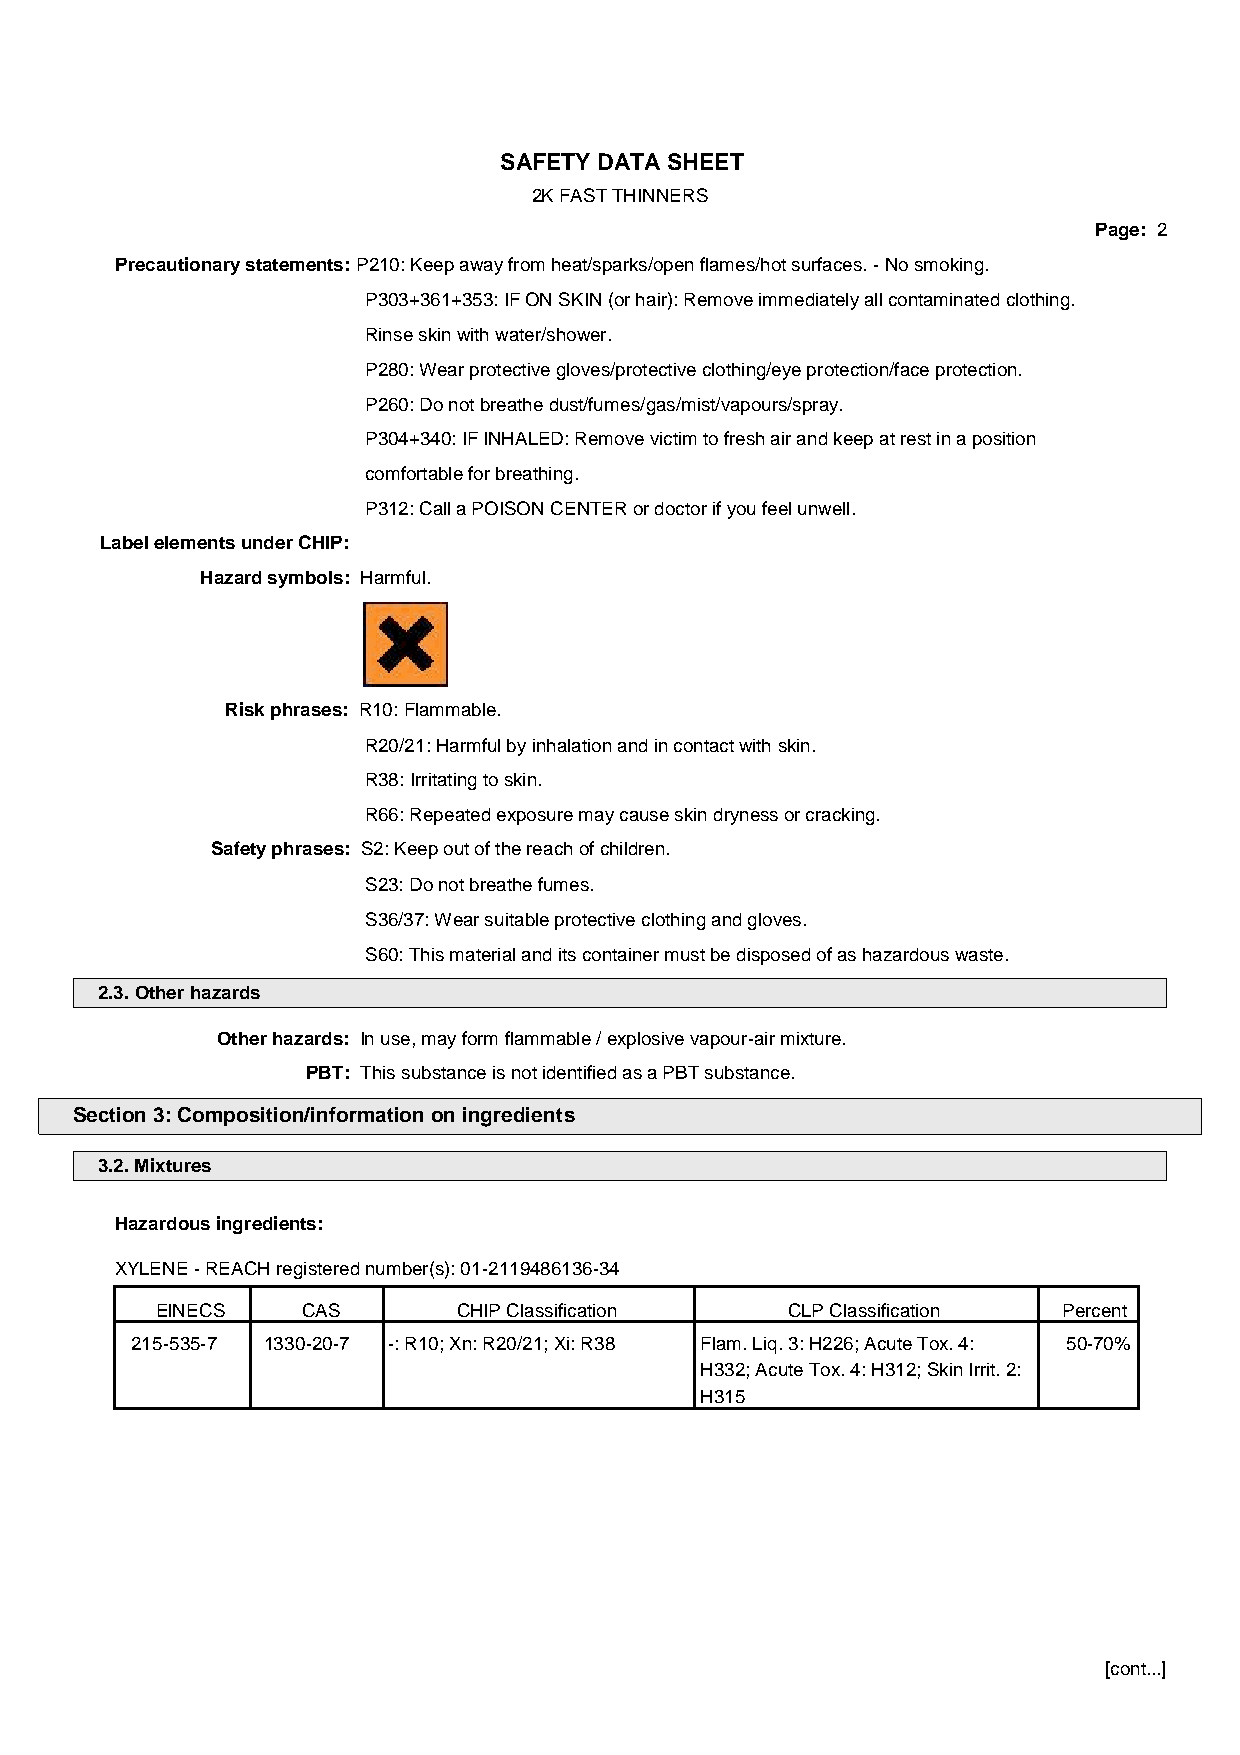
SAFETY DATA SHEET
 2K FAST THINNERS
 Page: 2
 Precautionary statements: P210: Keep away from heat/sparks/open flames/hot surfaces. - No smoking.
 P303+361+353: IF ON SKIN (or hair): Remove immediately all contaminated clothing.
 Rinse skin with water/shower.
 P280: Wear protective gloves/protective clothing/eye protection/face protection.
 P260: Do not breathe dust/fumes/gas/mist/vapours/spray.
 P304+340: IF INHALED: Remove victim to fresh air and keep at rest in a position
 comfortable for breathing.
 P312: Call a POISON CENTER or doctor if you feel unwell.
 Label elements under CHIP:
 Hazard symbols: Harmful.
 Risk phrases: R10: Flammable.
 R20/21: Harmful by inhalation and in contact with skin.
 R38: Irritating to skin.
 R66: Repeated exposure may cause skin dryness or cracking.
 Safety phrases: S2: Keep out of the reach of children.
 S23: Do not breathe fumes.
 S36/37: Wear suitable protective clothing and gloves.
 S60: This material and its container must be disposed of as hazardous waste.
 2.3. Other hazards
 Other hazards: In use, may form flammable / explosive vapour-air mixture.
 PBT: This substance is not identified as a PBT substance.
 Section 3: Composition/information on ingredients
 3.2. Mixtures
 Hazardous ingredients:
 XYLENE - REACH registered number(s): 01-2119486136-34
 EINECS    CAS       CHIP Classification   CLP Classification Percent
 215-535-7 1330-20-7 -: R10; Xn: R20/21; Xi: R38 Flam. Liq. 3: H226; Acute Tox. 4: 50-70%
 H332; Acute Tox. 4: H312; Skin Irrit. 2:
 H315
 [cont...]